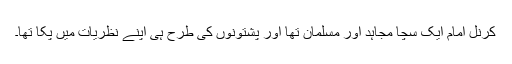
کرنل امام ایک سچا مجاہد اور مسلمان تھا اور پشتونوں کی طرح ہی اپنے نظریات میں پکا تھا۔